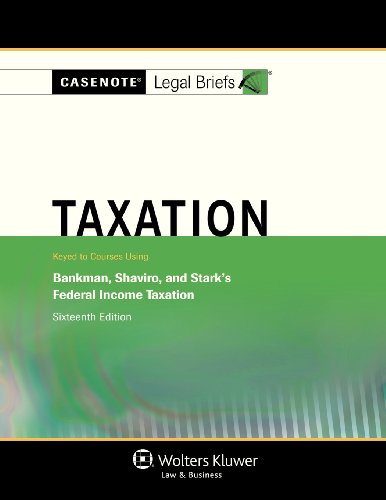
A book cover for Casenotes Legal Briefs: Taxation, Keyed to Klein, Bankman, Shaviro, & Stark, Sixteenth Edition (Casenote Legal Briefs); Casenotes; Law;